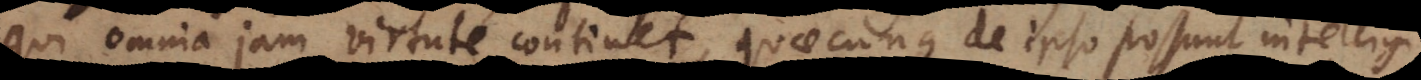
qui omnia jam virtute continet, quaecunque de ipsa possunt praedicari.